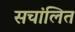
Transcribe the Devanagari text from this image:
सचांलित